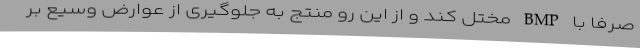
صرفا با BMP مختل کند و از این رو منتج به جلوگیری از عوارض وسیع بر